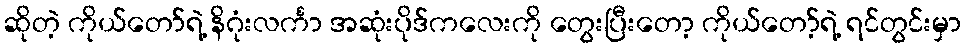
ဆိုတဲ့ ကိုယ်တော်ရဲ့ နိဂုံးလင်္ကာ အဆုံးပိုဒ်ကလေးကို တွေးပြီးတော့ ကိုယ်တော့်ရဲ့ ရင်တွင်းမှာ